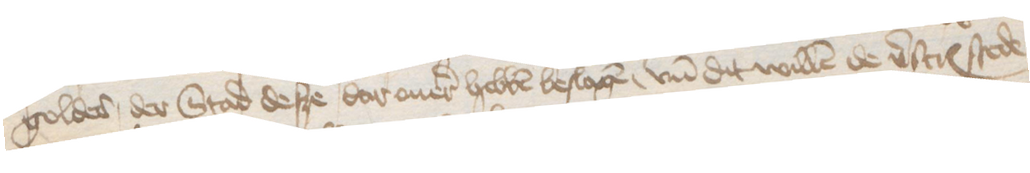
goldes der Stad desze dar ouer hebben beslagen, vnd dit willen de verscreuenen stede